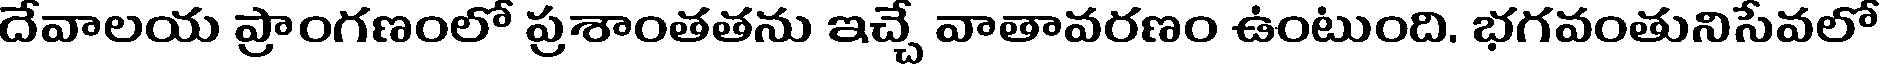
దేవాలయ ప్రాంగణంలో ప్రశాంతతను ఇచ్చే వాతావరణం ఉంటుంది. భగవంతునిసేవలో